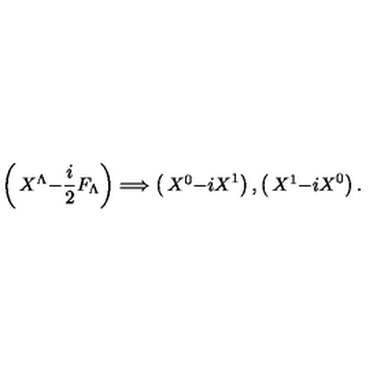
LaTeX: \left( \begin{matrix} { X ^ { \Lambda } } \\ { - { \frac { i } { 2 } } F _ { \Lambda } } \\ \end{matrix} \right) \Longrightarrow \left( \begin{matrix} { X ^ { 0 } } \\ { - i X ^ { 1 } } \\ \end{matrix} \right) , \left( \begin{matrix} { X ^ { 1 } } \\ { - i X ^ { 0 } } \\ \end{matrix} \right) .